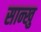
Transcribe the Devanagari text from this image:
सान्खु